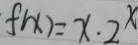
f ( x ) = x \cdot 2 ^ { x }